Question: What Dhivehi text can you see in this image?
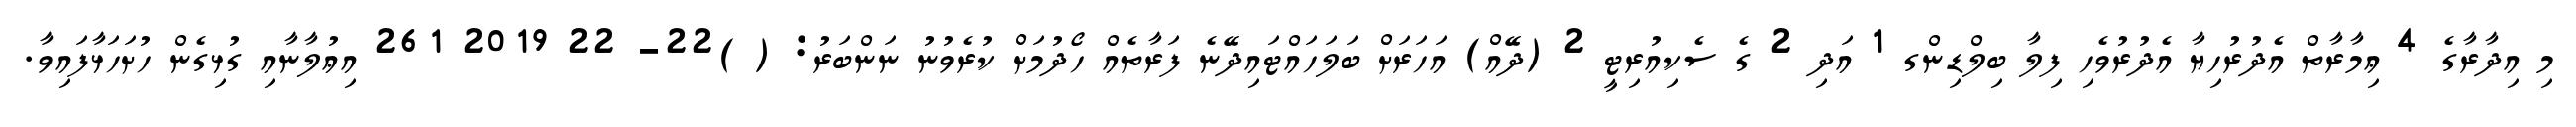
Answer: މި އިދާރާގެ 4 ޢިމާރާތް އެދުރުހިޔާ އެދުރުވެހި ފިލާ ބިލްޑިންގ 1 އަދި 2 ގެ ސެކިއުރިޓީ 2 (ދޭއް) އަހަރަށް ބަލަހައްޓައިދޭނެ ފަރާތެއް ހޯދުމަށް ކުރެވުނު ނަންބަރު: ( )22- 22 2019 261 އިޢުލާނާއި ގުޅިގެން ހުށަހަޅާފައިވާ.